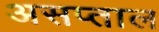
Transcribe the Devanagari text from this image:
असप्ताल